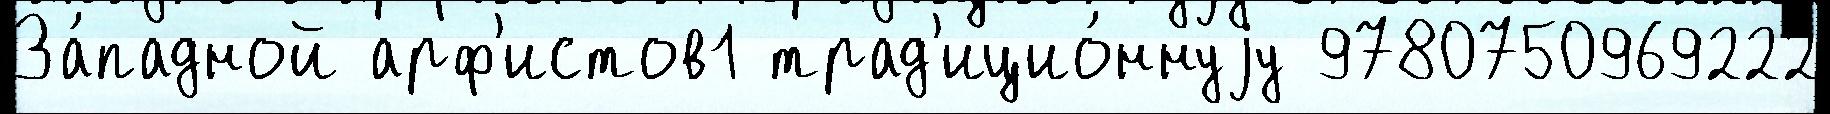
За́падной арф'истов1 трад'ицио́ннуjу 9780750969222